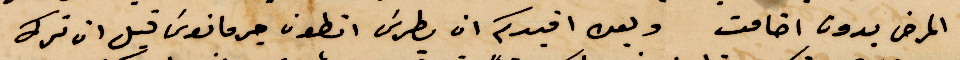
المرض بدون اضامت وبعد افيدكم ان بطرس أنطون جرمانوس قبل ان ترك